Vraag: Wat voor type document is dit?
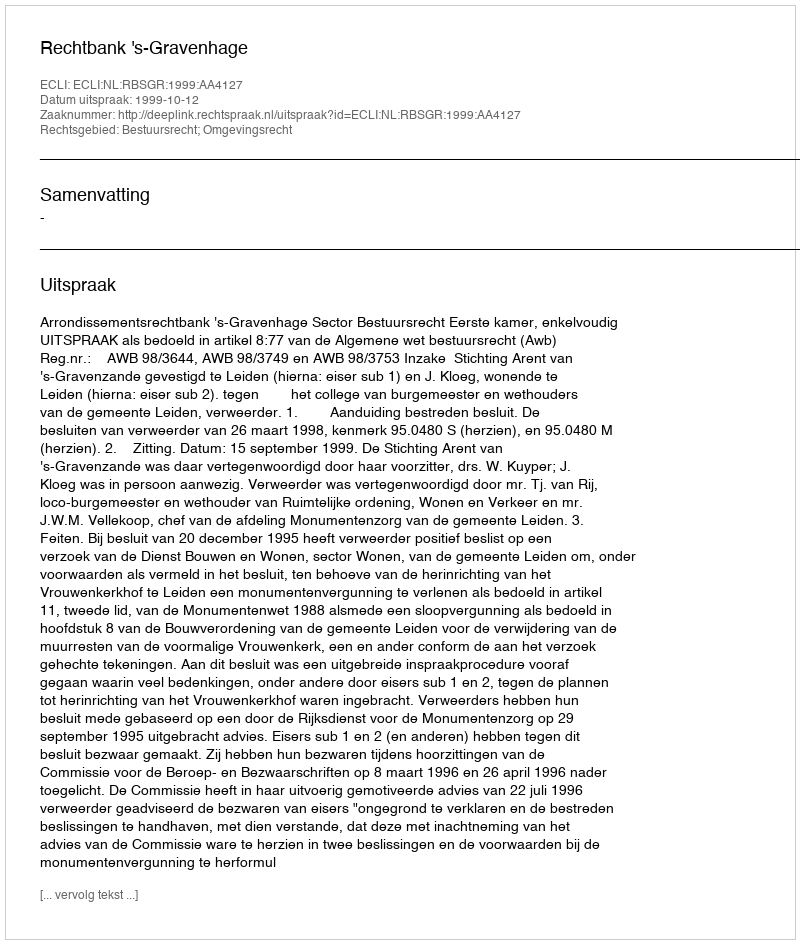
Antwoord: Uitspraak